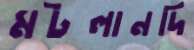
মটলানদি